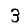
Digit: 3